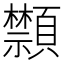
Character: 䫴